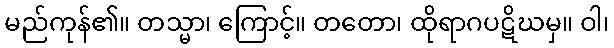
မည်ကုန်၏။ တသ္မာ၊ ကြောင့်။ တတော၊ ထိုရာဂပဋိဃမှ။ ဝါ၊